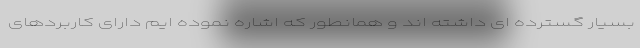
بسیار گسترده ای داشته اند و همانطور که اشاره نموده ایم دارای کاربردهای